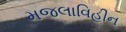
મજલાવિહીન